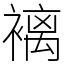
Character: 褵